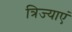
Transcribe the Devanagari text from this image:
त्रिज्याएं